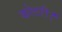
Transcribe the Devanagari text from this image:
कोठरी।